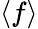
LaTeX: \left\langle f\right\rangle